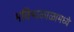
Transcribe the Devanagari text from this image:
भविष्यकाळामध्ये